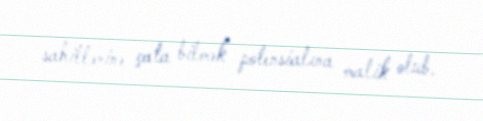
sahillərinə çata bilmək potensialına malik olub.